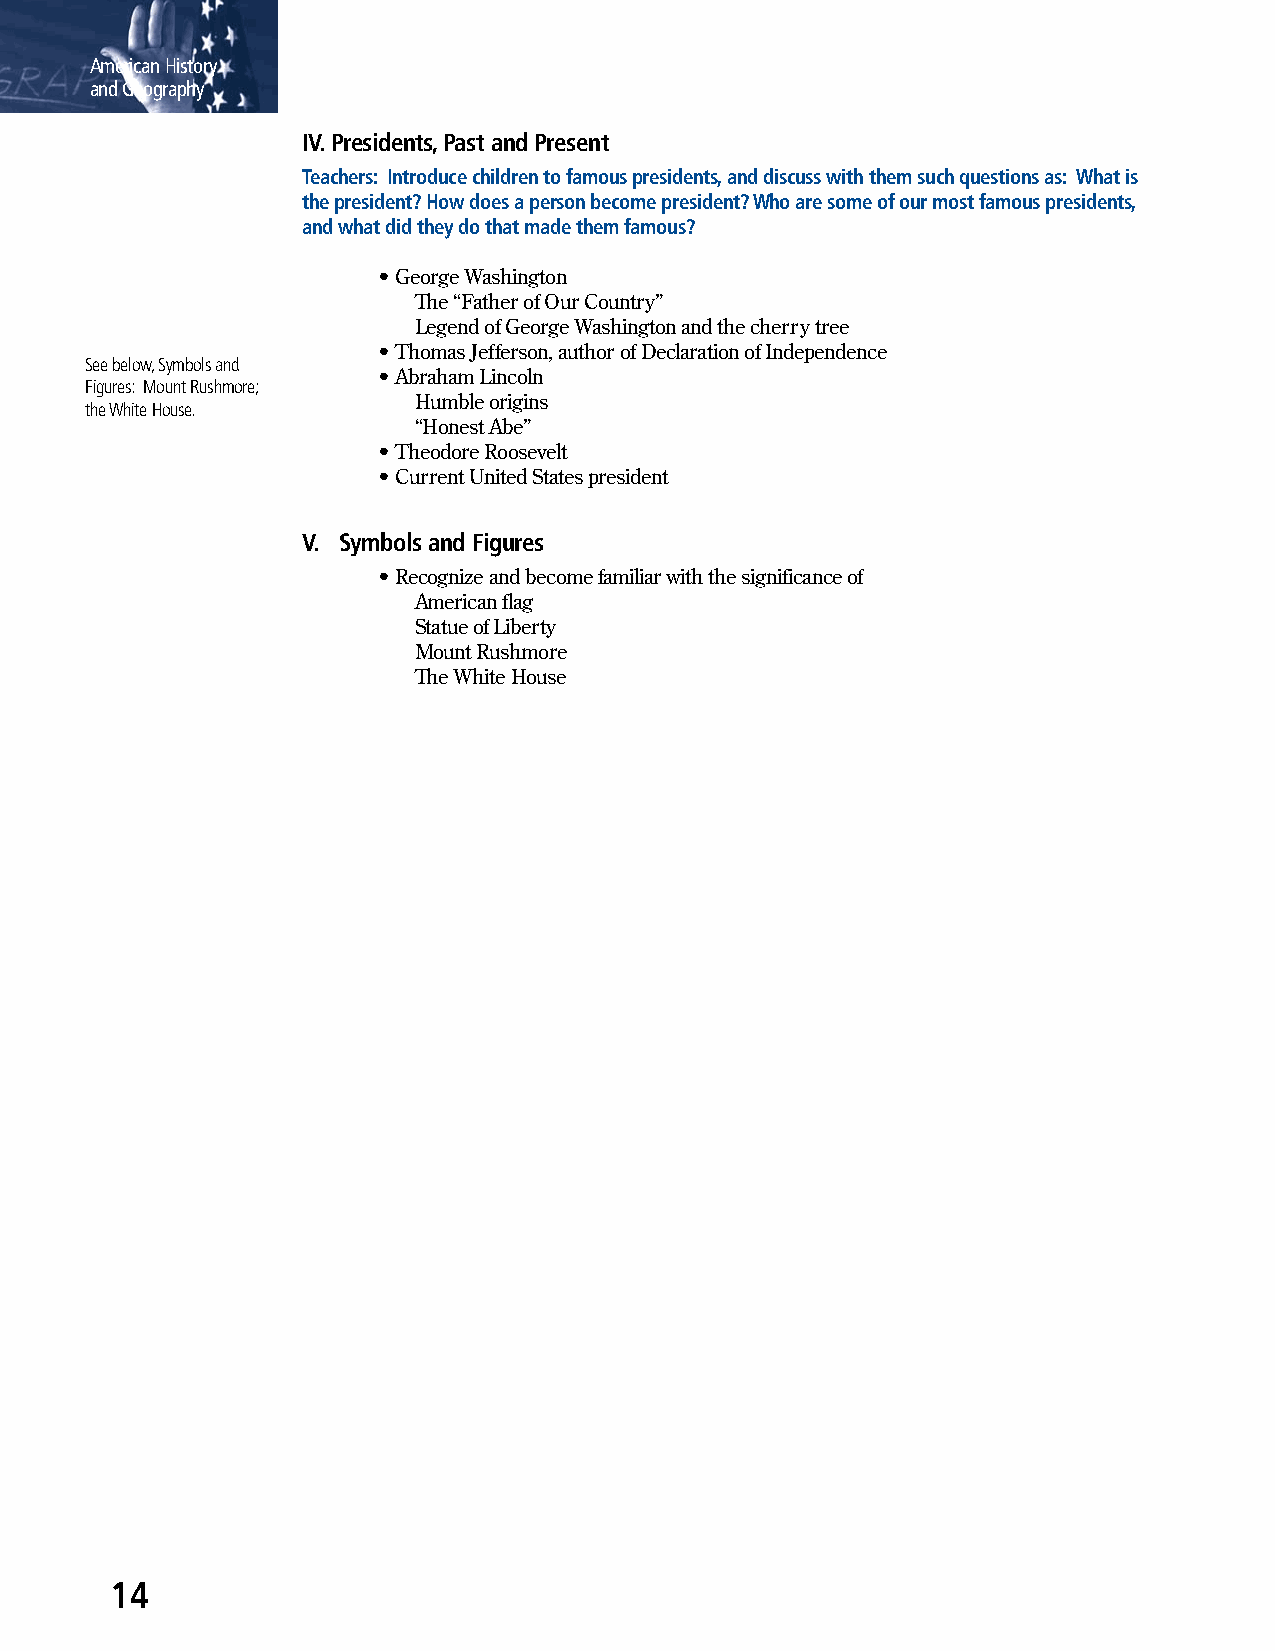
American History
 and Geography
 IV. Presidents, Past and Present
 Teachers: Introduce children to famous presidents, and discuss with them such questions as: What is
 the president? How does a person become president? Who are some of our most famous presidents,
 and what did they do that made them famous?
 • George Washington
 The “Father of Our Country”
 Legend of George Washington and the cherry tree
 • Thomas Jefferson, author of Declaration of Independence
 See below, Symbols and
 • Abraham Lincoln
 Figures: Mount Rushmore;
 Humble origins
 the White House.
 “Honest Abe”
 • Theodore Roosevelt
 • Current United States president
 V. Symbols and Figures
 • Recognize and become familiar with the significance of
 American flag
 Statue of Liberty
 Mount Rushmore
 The White House
 14